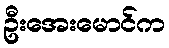
ဦးအေးမောင်က